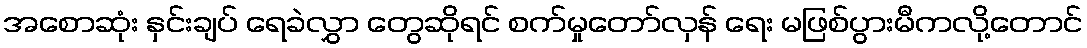
အစောဆုံး နှင်းချပ် ရေခဲလွှာ တွေဆိုရင် စက်မှုတော်လှန် ရေး မဖြစ်ပွားမီကလို့တောင်